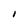
Character: I